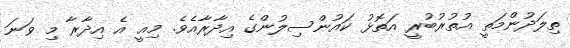
ތިލަދުންމަތީ އުތުރުބުރީ އަތޮޅު ކައުންސިލުންގެ އިދާރާއެވެ. މިއީ އެ އިދާރާ މި ވަނަ